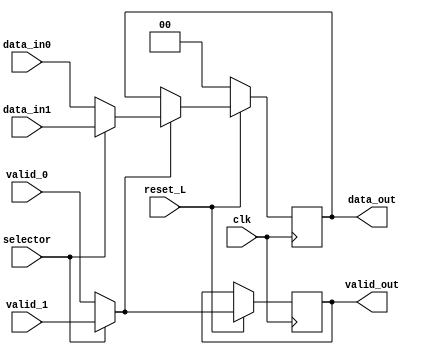
module mux2x1(

	input clk,
	input reset_L,
	input selector,
	input [1:0] data_in0,
	input [1:0] data_in1,
	input valid_0, valid_1,
	output reg valid_out,
	output reg [1:0] data_out);
	
	reg [1:0] mout;
	reg validOutMux;
	
	always @(*) 
	begin
		if (selector == 0) begin
			mout = data_in0;
			validOutMux = valid_0;
		end	
		else begin
			mout = data_in1;
			validOutMux = valid_1;
		end	
	end
	
	always @(posedge clk) 
	begin
		if (reset_L == 0) begin
			data_out <= 0;
		end
		else begin
			if (validOutMux) begin
				data_out <= mout;
				valid_out <= validOutMux;
			end
			else begin
				data_out <= data_out;
				valid_out <= validOutMux;
			end
		end 
	end				
endmodule